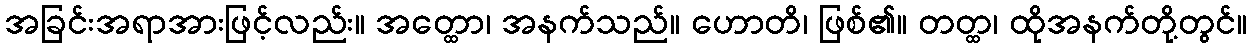
အခြင်းအရာအားဖြင့်လည်း။ အတ္ထော၊ အနက်သည်။ ဟောတိ၊ ဖြစ်၏။ တတ္ထ၊ ထိုအနက်တို့တွင်။